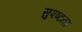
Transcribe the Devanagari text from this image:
सुपष्टता